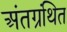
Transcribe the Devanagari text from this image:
अंतग्रंथित